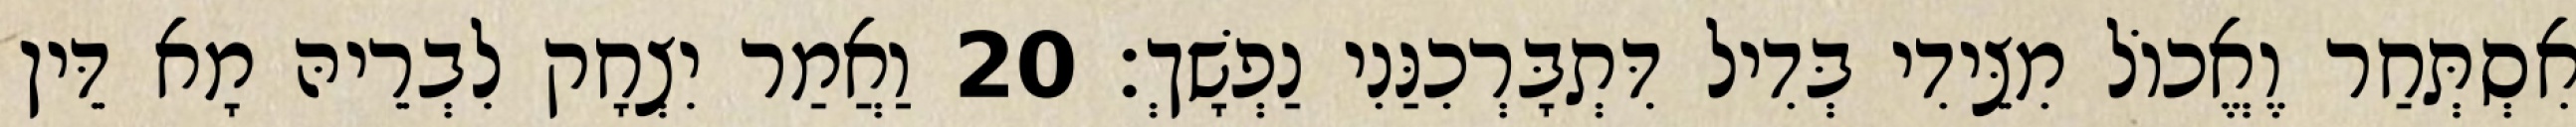
אִסְתְּחַר וֶאֱכוֹל מִצֵּידִי בְּדִיל דִּתְבָּרְכִנַּנִי נַפְשָׁךְ׃ 20 וַאֲמַר יִצְחָק לִבְרֵיהּ מָא דֵּין